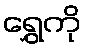
ရွှေကို